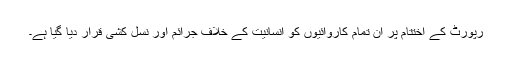
رپورٹ کے اختتام پر ان تمام کاروائیوں کو انسانیت کے خلاف جرائم اور نسل کشی قرار دیا گیا ہے۔